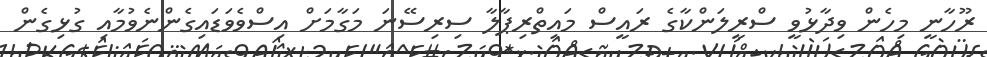
ރޫހާނީ މިހެން ވިދާޅުވީ ސްރީލަންކާގެ ރައީސް މައިތްރިޕާލާ ސިރިސޭނަ މަގާމަށް އިސްވެވަޑައިގެންނެވުމާއި ގުޅިގެން